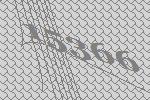
15366